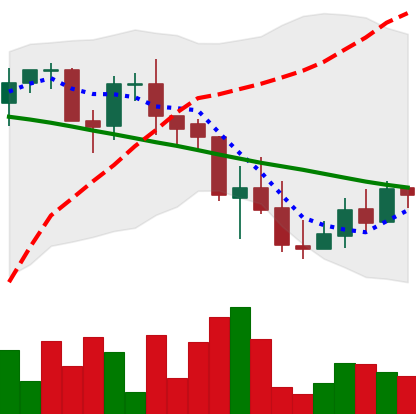
Ticker: LINK-USD
Chart end date: 2018-09-14
Forward return: 22.416%
Label: up_7plus